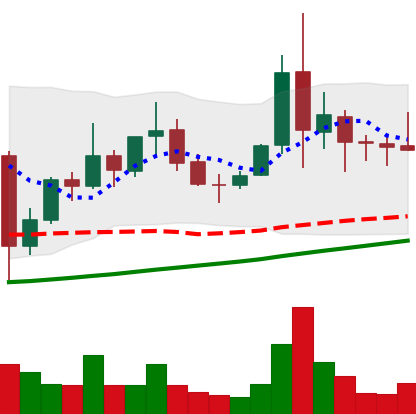
Ticker: XLM-USD
Chart end date: 2021-11-15
Forward return: -7.238%
Label: down_7plus